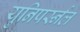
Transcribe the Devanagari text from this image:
युनिपर्स्नल